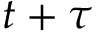
t + \tau